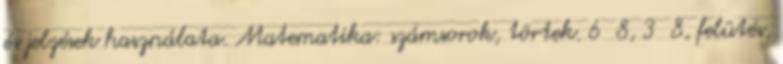
és jelzések használata. Matematika: számsorok, törtek. 6 8, 3 8, felütés,